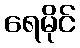
ရေမိုင်